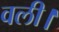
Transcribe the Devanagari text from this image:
वली।